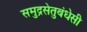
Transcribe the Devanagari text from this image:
समुद्रसेतुबंधेसी